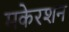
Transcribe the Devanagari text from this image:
मकेरशन